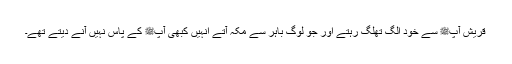
قریش آپﷺ سے خود الگ تھلگ رہتے اور جو لوگ باہر سے مکہ آتے انہیں کبھی آپﷺ کے پاس نہیں آنے دیتے تھے۔